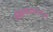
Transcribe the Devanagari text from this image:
श्रीकथासरामृत